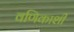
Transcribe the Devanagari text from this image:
वणिकाशी